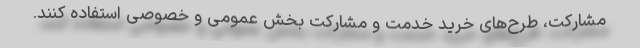
مشارکت، طرح‌های خرید خدمت و مشارکت بخش عمومی و خصوصی استفاده کنند.